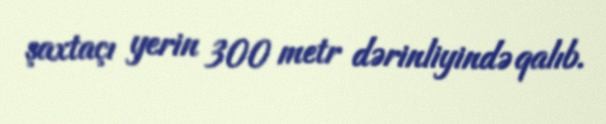
şaxtaçı yerin 300 metr dərinliyində qalıb.